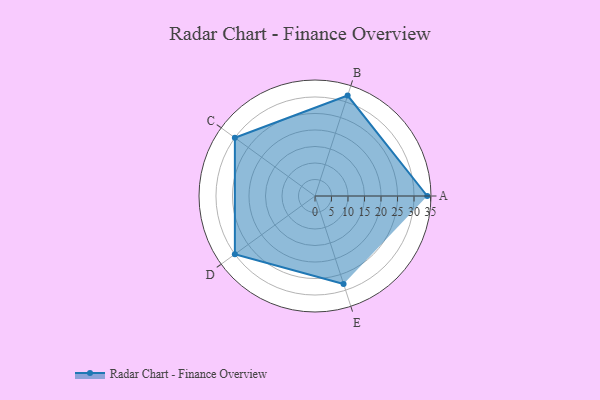
{"axis": {"x": "Skill", "y": "Score"}, "legend": ["Profile"], "data": [{"x": "A", "y": 34.0, "type": "Profile"}, {"x": "B", "y": 32.0, "type": "Profile"}, {"x": "C", "y": 30.0, "type": "Profile"}, {"x": "D", "y": 30.0, "type": "Profile"}, {"x": "E", "y": 28.0, "type": "Profile"}]}